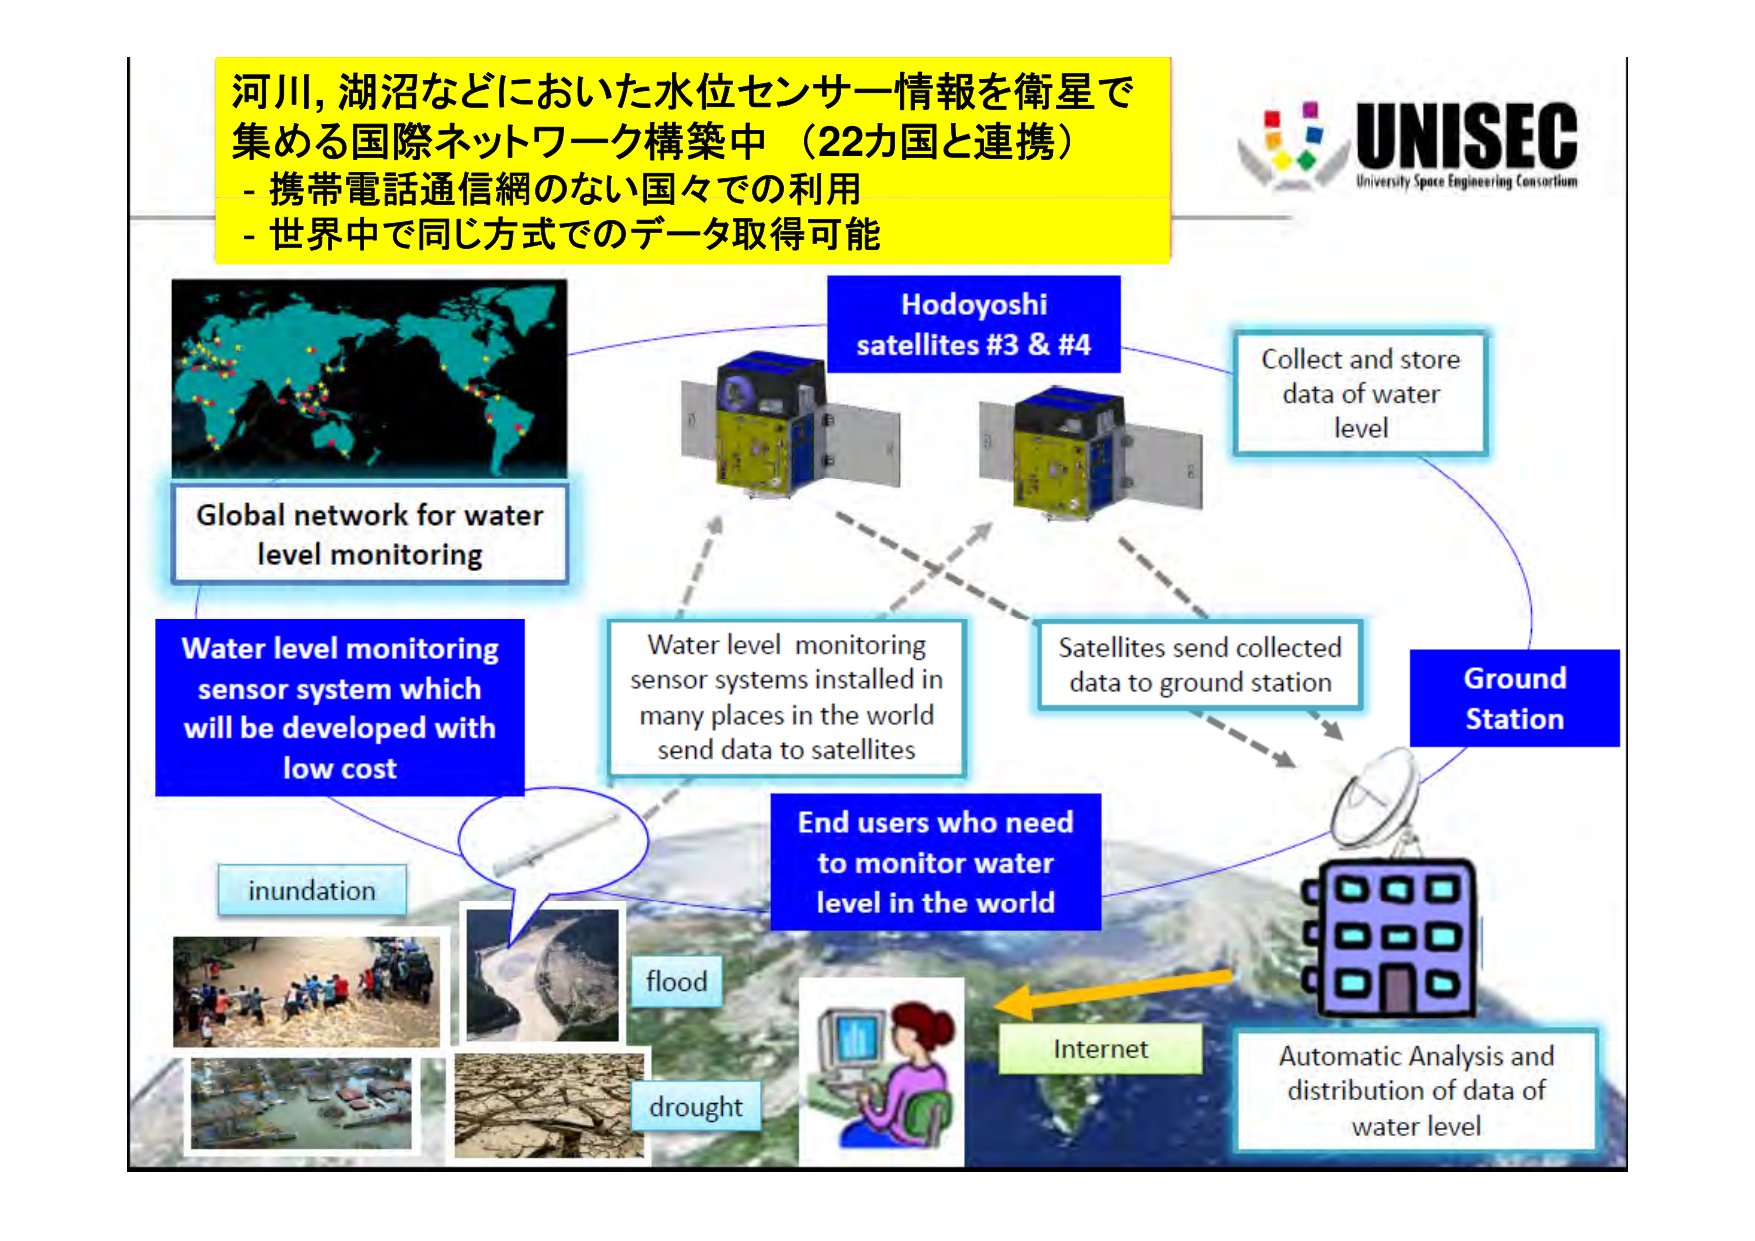
河川, 湖沼などにおける水位センサー情報を衛星で
集める国際ネットワーク構築中（22カ国と連携）
- 携帯電話通信網のない国々での利用
- 世界中で同じ方式でのデータ取得可能

UNISEC
University Space Engineering Consortium

Hodoyoshi
satellites #3 & #4

Collect and store
data of water
level

Global network for water
level monitoring

Water level monitoring
sensor system which
will be developed with
low cost

Water level monitoring
sensor systems installed in
many places in the world
send data to satellites

Satellites send collected
data to ground station

Ground
Station

End users who need
to monitor water
level in the world

inundation

flood

drought

Internet

Automatic Analysis and
distribution of data of
water level